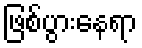
ဖြစ်ပွားနေရာ